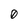
Character: 0